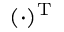
( \cdot ) ^ { \mathrm { T } }